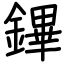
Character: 鏎